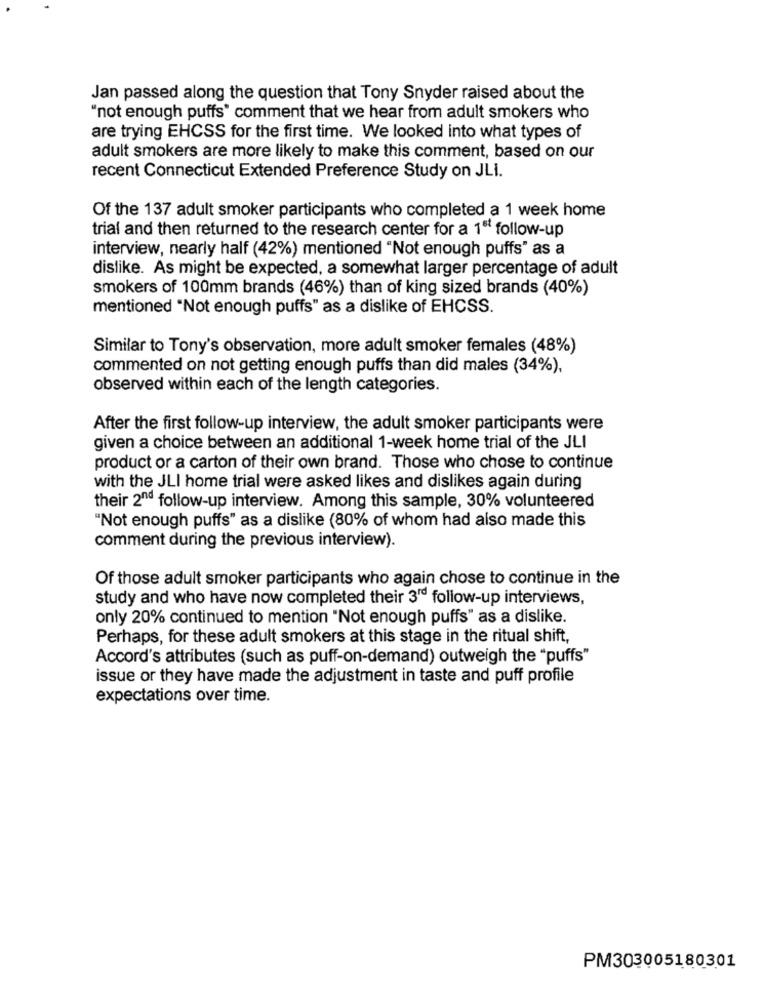
Jan passed along the question that Tony Snyder raised about the
'not enough puffs' comment that we hear from adult smokers who
are trying EHCSS for the first time. We looked into what types of
adult smokers are more likely to make this comment, based on our
recent Connecticut Extended Preference Study on JLI.
Of the 137 adult smoker participants who completed a 1 week home
trial and then returned to the research center for a 1ª follow-up
interview, nearly half (42%) mentioned "Not enough puffs" as a
dislike. As might be expected, a somewhat larger percentage of adult
smokers of 100mm brands (46%) than of king sized brands (40%)
mentioned "Not enough puffs" as a dislike of EHCSS.
Similar to Tony's observation, more adult smoker females (48%)
commented on not getting enough puffs than did males (34%),
observed within each of the length categories.
After the first follow-up interview, the adult smoker participants were
given a choice between an additional 1-week home trial of the JLI
product or a carton of their own brand. Those who chose to continue
with the JLI home trial were asked likes and dislikes again during
their 2nd follow-up interview. Among this sample, 30% volunteered
"Not enough puffs" as a dislike (80% of whom had also made this
comment during the previous interview).
Of those adult smoker participants who again chose to continue in the
study and who have now completed their 3" follow-up interviews,
only 20% continued to mention "Not enough puffs" as a dislike.
Perhaps, for these adult smokers at this stage in the ritual shift,
Accord's attributes (such as puff-on-demand) outweigh the "puffs"
issue or they have made the adjustment in taste and puff profile
expectations over time.
PM303005180301